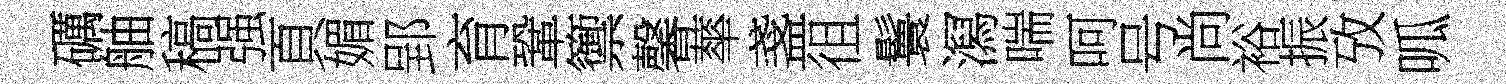
礪舳稿强頁媚郢育鞏籞馨蕐盞徂鬟㵼喘呵号尚裕振攷呱